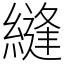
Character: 縫